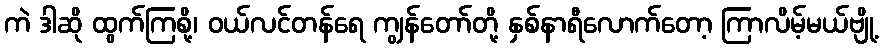
ကဲ ဒါဆို ထွက်ကြစို့၊ ဝယ်လင်တန်ရေ ကျွန်တော်တို့ နှစ်နာရီလောက်တော့ ကြာလိမ့်မယ်ဗျို့